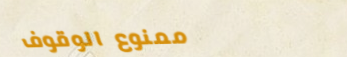
ممنوع الوقوف